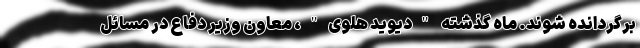
برگردانده شوند. ماه گذشته "دیوید هلوی"، معاون وزیر دفاع در مسائل